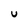
Character: U